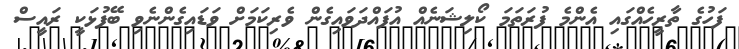
ފަހުގެ ތާރީހެއްގައި އެންމެ ފުރަތަމަ ކޯލިޝަނެއް އުފައްދަވައިގެން ވެރިކަމަށް ވަޑައިގެންނެވި ބޭފުޅަކީ ރައީސް